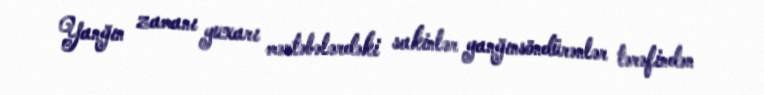
Yanğın zamanı yuxarı mərtəbələrdəki sakinlər yanğınsöndürənlər tərəfindən